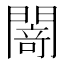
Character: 𨵎